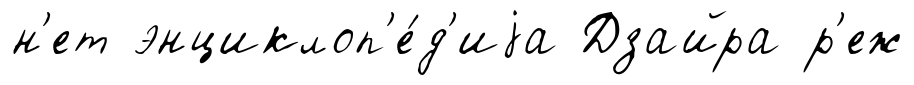
н'ет энциклоп'е́д'иjа Дзайра р'еж